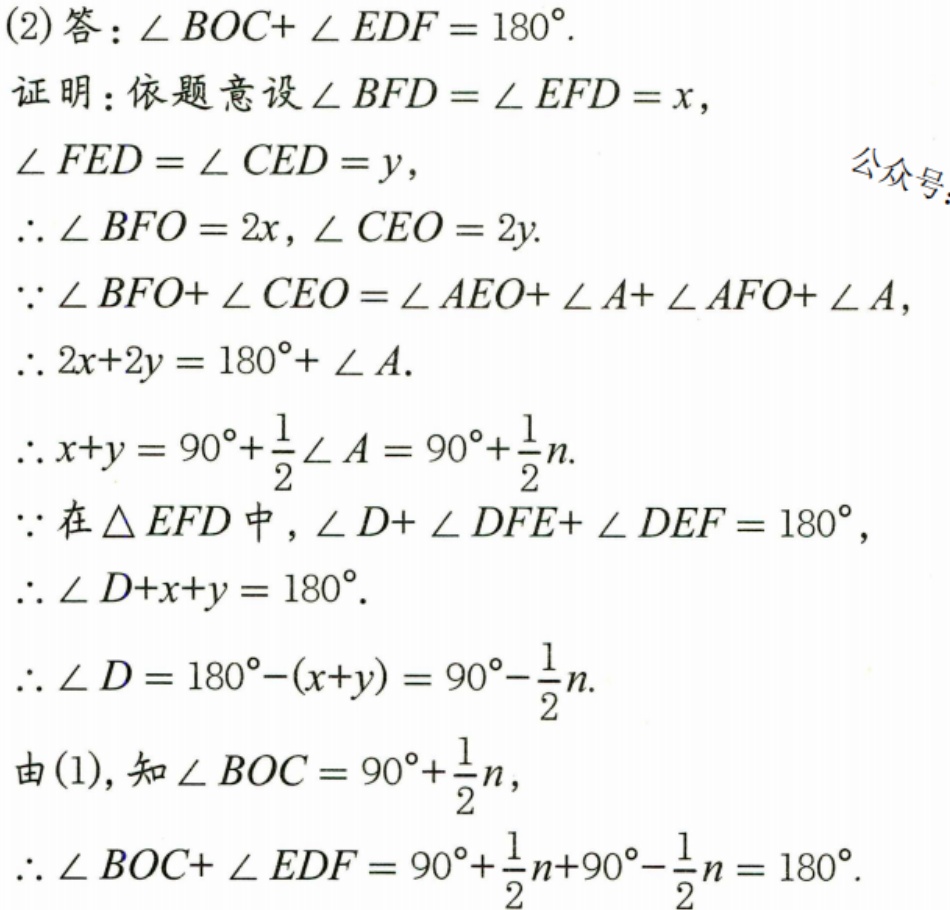
(2)答：\(\angle BOC+\angle EDF = 180^{\circ}\).
证明：依题意设\(\angle BFD=\angle EFD = x\)，
\(\angle FED=\angle CED = y\)，
\(\therefore\angle BFO = 2x,\angle CEO = 2y\).
\(\because\angle BFO+\angle CEO=\angle AEO+\angle A+\angle AFO+\angle A\)，
\(\therefore 2x + 2y=180^{\circ}+\angle A\).
\(\therefore x + y=90^{\circ}+\dfrac{1}{2}\angle A=90^{\circ}+\dfrac{1}{2}n\).
\(\because\)在\(\triangle EFD\)中，\(\angle D+\angle DFE+\angle DEF = 180^{\circ}\)，
\(\therefore\angle D+x + y=180^{\circ}\).
\(\therefore\angle D=180^{\circ}-(x + y)=90^{\circ}-\dfrac{1}{2}n\).
由(1),知\(\angle BOC=90^{\circ}+\dfrac{1}{2}n\)，
\(\therefore\angle BOC+\angle EDF=90^{\circ}+\dfrac{1}{2}n + 90^{\circ}-\dfrac{1}{2}n=180^{\circ}\).